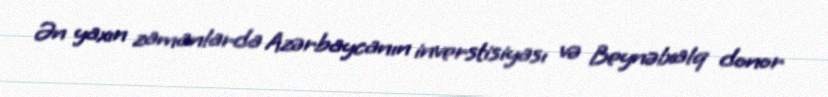
Ən yaxın zamanlarda Azərbaycanın inverstisiyası və Beynəlxalq donor